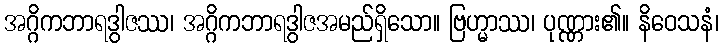
အဂ္ဂိကဘာရဒွါဇဿ၊ အဂ္ဂိကဘာရဒွါဇအမည်ရှိသော။ ဗြဟ္မာဿ၊ ပုဏ္ဏား၏။ နိဝေသနံ၊